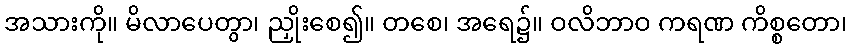
အသားကို။ မိလာပေတွာ၊ ညှိုးစေ၍။ တစေ၊ အရေ၌။ ဝလိဘာဝ ကရဏ ကိစ္စတော၊